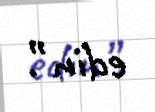
edin”.